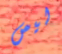
ليس